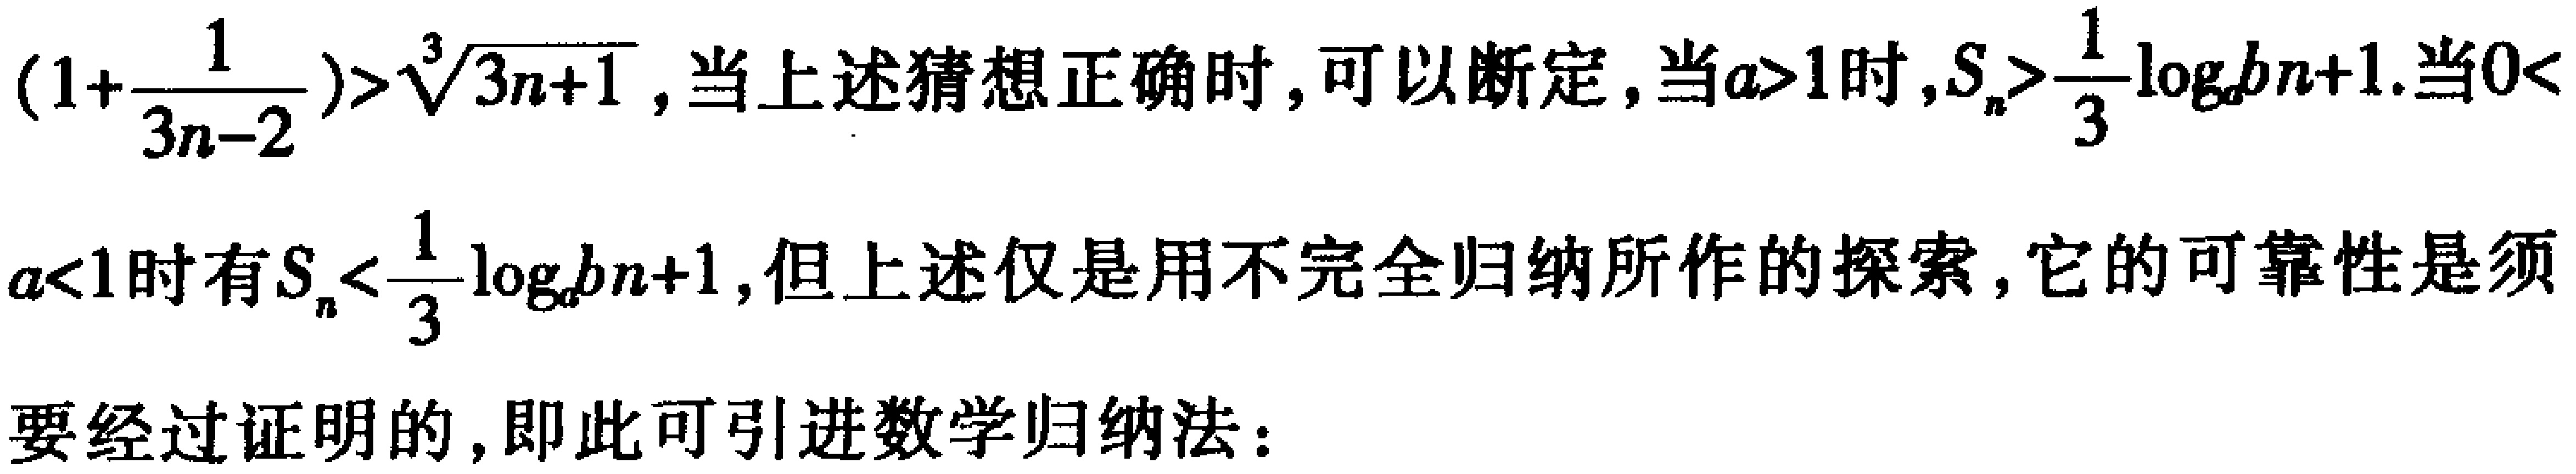
\((1 + \frac{1}{3n - 2}) > \sqrt[3]{3n + 1}\)，当上述猜想正确时，可以断定，当\(a > 1\)时，\(S_{n} > \frac{1}{3}\log_{a}b{n + 1}\). 当\(0 < a < 1\)时有\(S_{n} < \frac{1}{3}\log_{a}b{n + 1}\)，但上述仅是用不完全归纳所作的探索，它的可靠性是须要经过证明的，即此可引进数学归纳法：